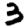
Digit: 3